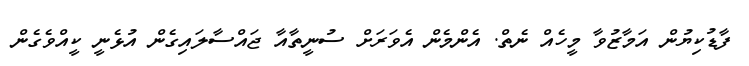
ފާޑުކިޔުން އަމާޒުވާ މީހެއް ނެތް. އެންމެން އެވަރަށް ސުނީތާއާ ޖައްސާލައިގެން އުޅެނީ ކީއްވެގެން